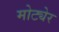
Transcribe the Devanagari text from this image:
मोट्येर